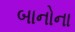
બાનોના